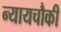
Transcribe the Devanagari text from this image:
न्यायचौकी